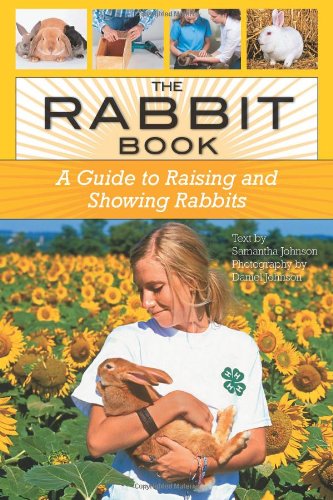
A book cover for The Rabbit Book: A Guide to Raising and Showing Rabbits; Samantha Johnson; Crafts, Hobbies & Home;